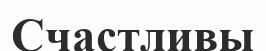
Счастливы